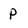
Character: p